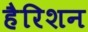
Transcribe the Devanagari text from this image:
हैरिशन